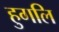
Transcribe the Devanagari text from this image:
हुगलि